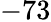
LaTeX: -73